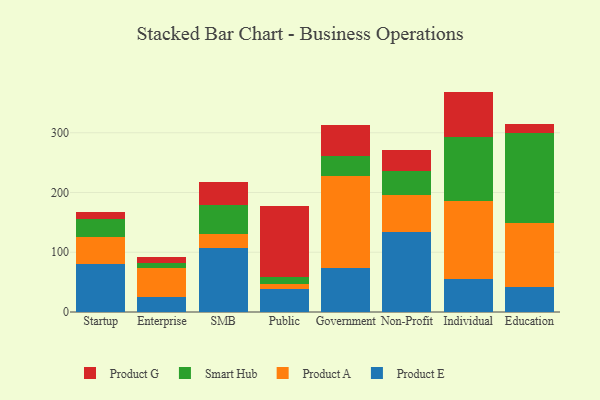
{"axis": {"x": "Segment", "y": "Inventory Turnover"}, "legend": ["Product A", "Product E", "Product G", "Smart Hub"], "data": [{"x": "Startup", "y": 80.3, "type": "Product E"}, {"x": "Startup", "y": 45.6, "type": "Product A"}, {"x": "Startup", "y": 29.9, "type": "Smart Hub"}, {"x": "Startup", "y": 10.9, "type": "Product G"}, {"x": "Enterprise", "y": 24.8, "type": "Product E"}, {"x": "Enterprise", "y": 48.4, "type": "Product A"}, {"x": "Enterprise", "y": 8.6, "type": "Smart Hub"}, {"x": "Enterprise", "y": 10.1, "type": "Product G"}, {"x": "SMB", "y": 107.9, "type": "Product E"}, {"x": "SMB", "y": 22.1, "type": "Product A"}, {"x": "SMB", "y": 49.1, "type": "Smart Hub"}, {"x": "SMB", "y": 38.8, "type": "Product G"}, {"x": "Public", "y": 38.3, "type": "Product E"}, {"x": "Public", "y": 8.5, "type": "Product A"}, {"x": "Public", "y": 11.5, "type": "Smart Hub"}, {"x": "Public", "y": 119.8, "type": "Product G"}, {"x": "Government", "y": 74.1, "type": "Product E"}, {"x": "Government", "y": 153.9, "type": "Product A"}, {"x": "Government", "y": 33.4, "type": "Smart Hub"}, {"x": "Government", "y": 52.0, "type": "Product G"}, {"x": "Non-Profit", "y": 133.1, "type": "Product E"}, {"x": "Non-Profit", "y": 63.0, "type": "Product A"}, {"x": "Non-Profit", "y": 39.8, "type": "Smart Hub"}, {"x": "Non-Profit", "y": 35.7, "type": "Product G"}, {"x": "Individual", "y": 55.7, "type": "Product E"}, {"x": "Individual", "y": 130.7, "type": "Product A"}, {"x": "Individual", "y": 106.4, "type": "Smart Hub"}, {"x": "Individual", "y": 76.1, "type": "Product G"}, {"x": "Education", "y": 41.5, "type": "Product E"}, {"x": "Education", "y": 107.4, "type": "Product A"}, {"x": "Education", "y": 150.5, "type": "Smart Hub"}, {"x": "Education", "y": 16.1, "type": "Product G"}]}